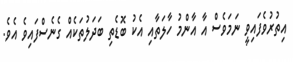
އިތުރުވެފައިވީ ނަމަވެސް އާ އާންމު ހާލަތާއި އެކު ބޮޑެތި ބަދަލުތަކެއް ގެނެސްފައިވެ އެވެ.